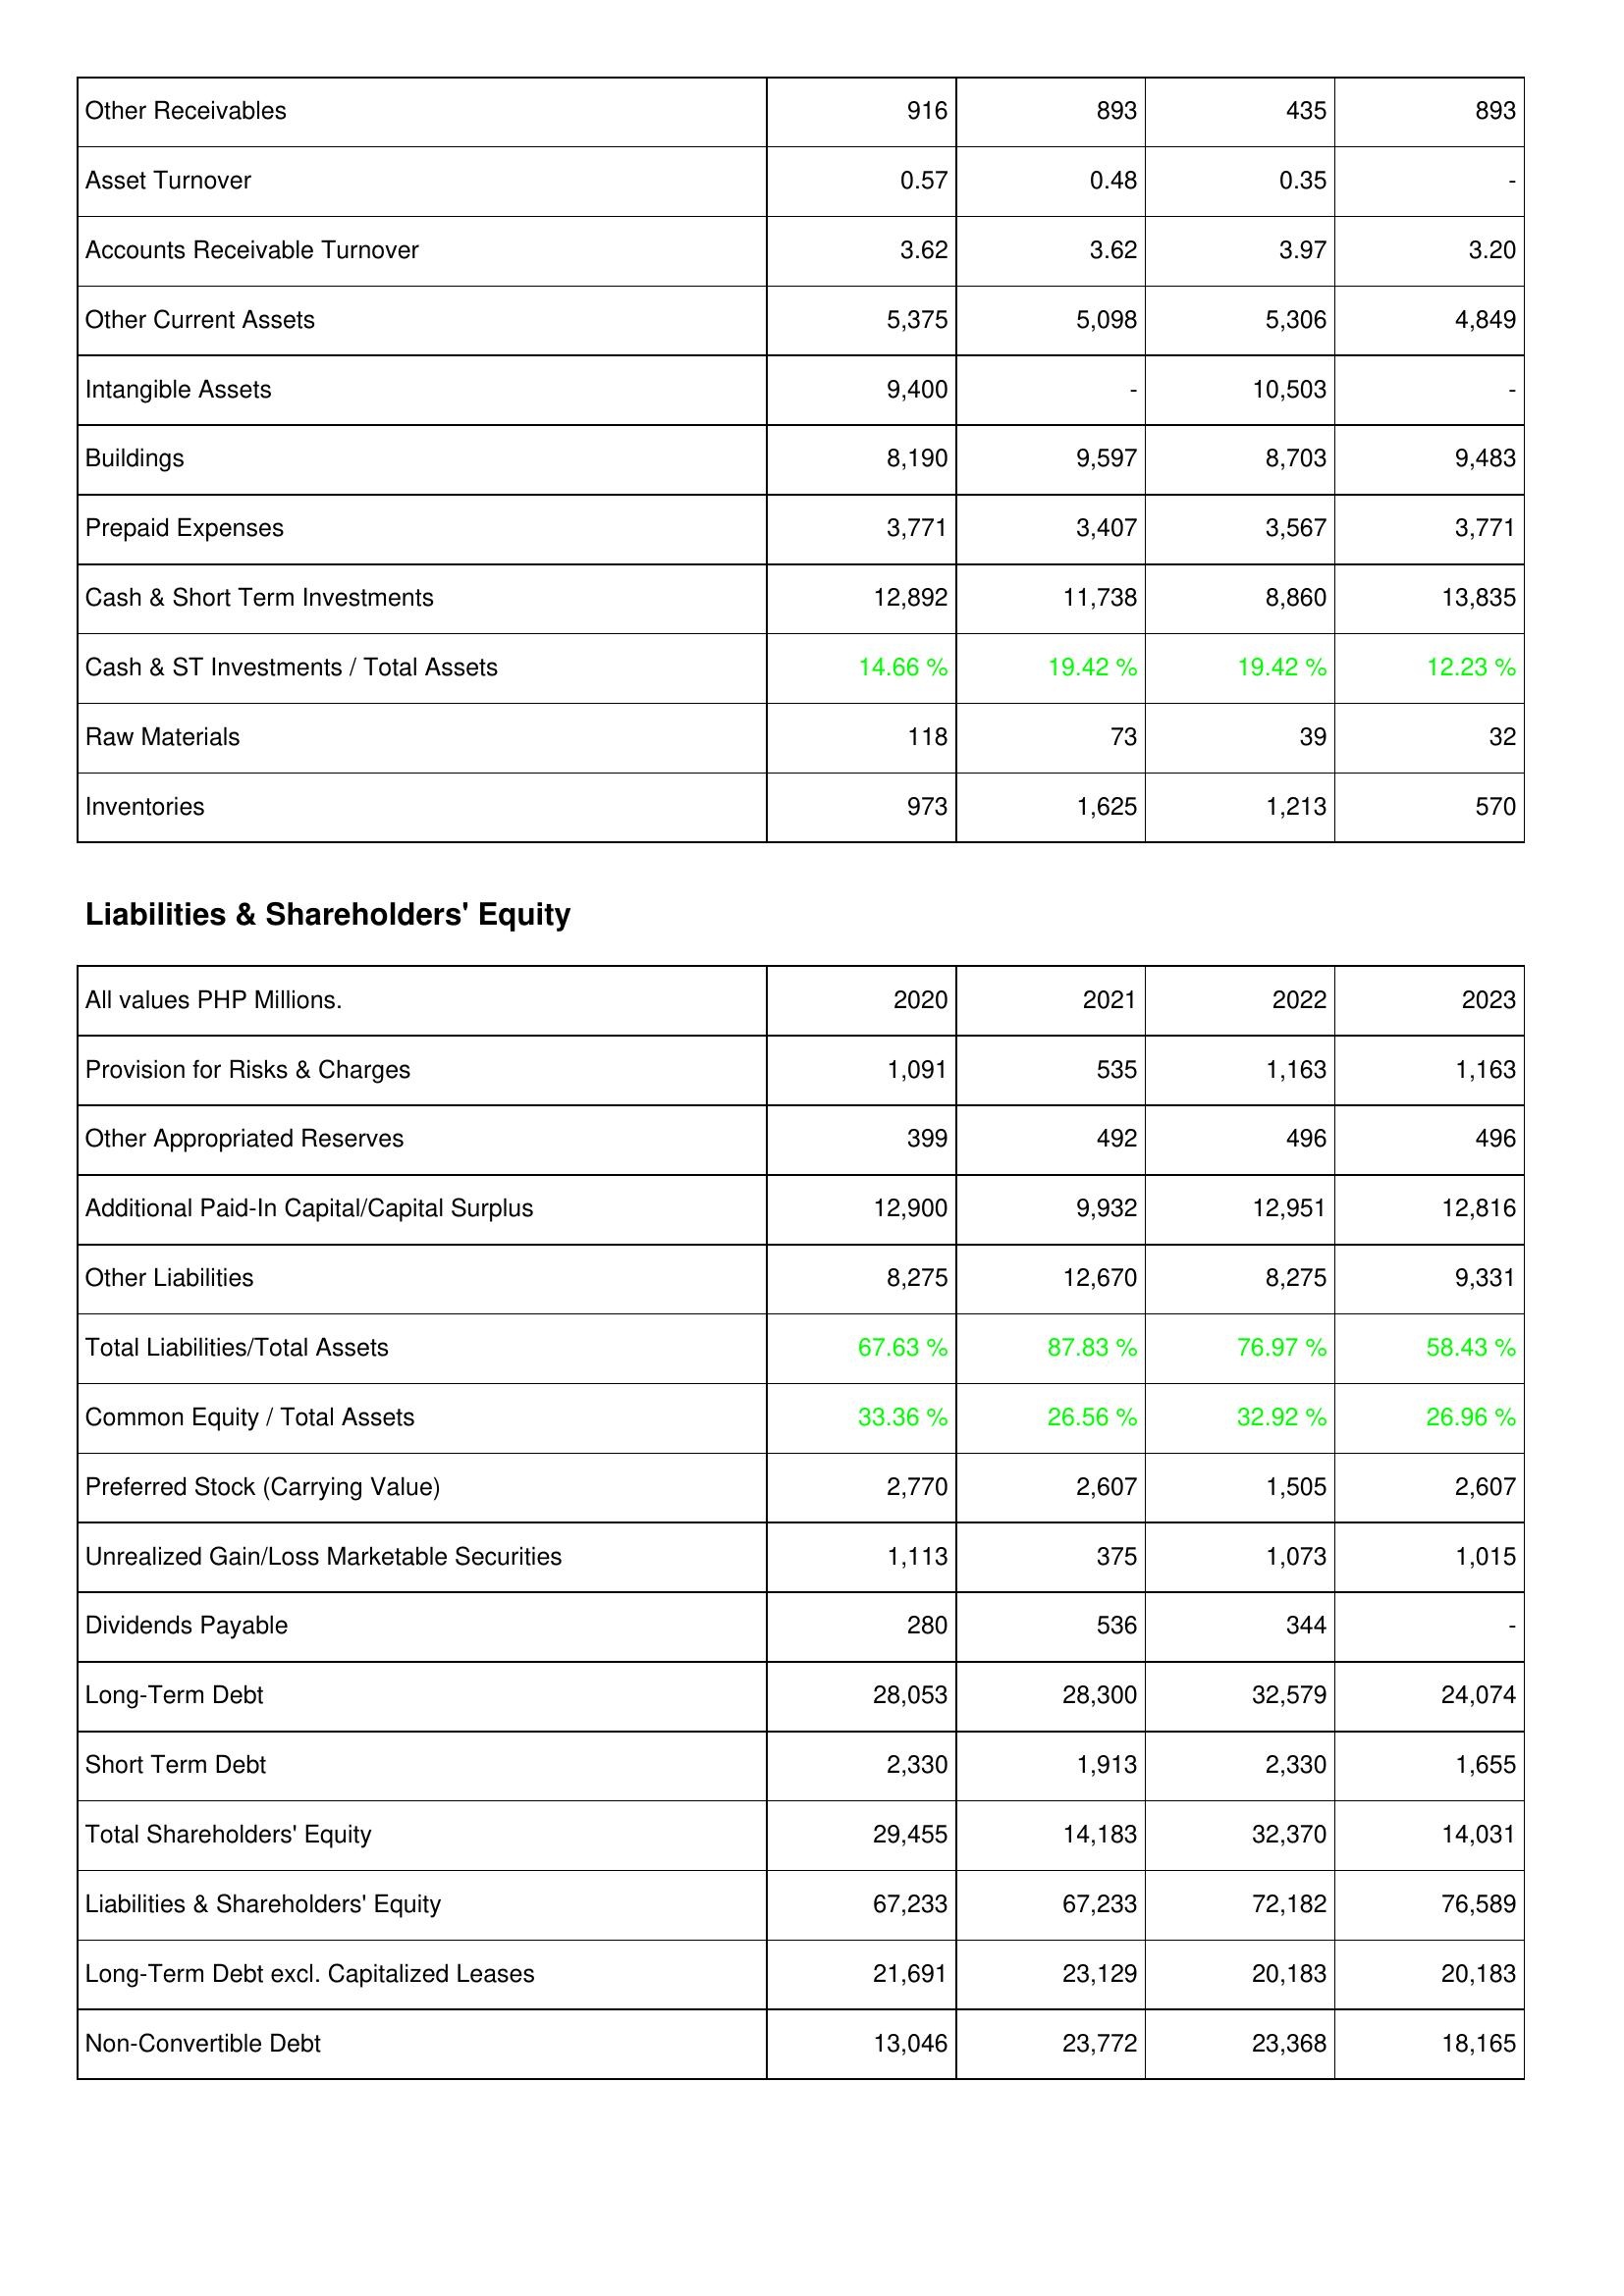
2020: Assets: Other Receivables: 916
Asset Turnover: 0.57
Accounts Receivable Turnover: 3.62
Other Current Assets: 5,375
Intangible Assets: 9,400
Buildings: 8,190
Prepaid Expenses: 3,771
Cash & Short Term Investments: 12,892
Cash & ST Investments / Total Assets: 14.66 %
Raw Materials: 118
Inventories: 973
Liabilities & Shareholders' Equity: Provision for Risks & Charges: 1,091
Other Appropriated Reserves: 399
Additional Paid-In Capital/Capital Surplus: 12,900
Other Liabilities: 8,275
Total Liabilities/Total Assets: 67.63 %
Common Equity / Total Assets: 33.36 %
Preferred Stock (Carrying Value): 2,770
Unrealized Gain/Loss Marketable Securities: 1,113
Dividends Payable: 280
Long-Term Debt: 28,053
Short Term Debt: 2,330
Total Shareholders' Equity: 29,455
Liabilities & Shareholders' Equity: 67,233
Long-Term Debt excl. Capitalized Leases: 21,691
Non-Convertible Debt: 13,046
2021: Assets: Other Receivables: 893
Asset Turnover: 0.48
Accounts Receivable Turnover: 3.62
Other Current Assets: 5,098
Intangible Assets: -
Buildings: 9,597
Prepaid Expenses: 3,407
Cash & Short Term Investments: 11,738
Cash & ST Investments / Total Assets: 19.42 %
Raw Materials: 73
Inventories: 1,625
Liabilities & Shareholders' Equity: Provision for Risks & Charges: 535
Other Appropriated Reserves: 492
Additional Paid-In Capital/Capital Surplus: 9,932
Other Liabilities: 12,670
Total Liabilities/Total Assets: 87.83 %
Common Equity / Total Assets: 26.56 %
Preferred Stock (Carrying Value): 2,607
Unrealized Gain/Loss Marketable Securities: 375
Dividends Payable: 536
Long-Term Debt: 28,300
Short Term Debt: 1,913
Total Shareholders' Equity: 14,183
Liabilities & Shareholders' Equity: 67,233
Long-Term Debt excl. Capitalized Leases: 23,129
Non-Convertible Debt: 23,772
2022: Assets: Other Receivables: 435
Asset Turnover: 0.35
Accounts Receivable Turnover: 3.97
Other Current Assets: 5,306
Intangible Assets: 10,503
Buildings: 8,703
Prepaid Expenses: 3,567
Cash & Short Term Investments: 8,860
Cash & ST Investments / Total Assets: 19.42 %
Raw Materials: 39
Inventories: 1,213
Liabilities & Shareholders' Equity: Provision for Risks & Charges: 1,163
Other Appropriated Reserves: 496
Additional Paid-In Capital/Capital Surplus: 12,951
Other Liabilities: 8,275
Total Liabilities/Total Assets: 76.97 %
Common Equity / Total Assets: 32.92 %
Preferred Stock (Carrying Value): 1,505
Unrealized Gain/Loss Marketable Securities: 1,073
Dividends Payable: 344
Long-Term Debt: 32,579
Short Term Debt: 2,330
Total Shareholders' Equity: 32,370
Liabilities & Shareholders' Equity: 72,182
Long-Term Debt excl. Capitalized Leases: 20,183
Non-Convertible Debt: 23,368
2023: Assets: Other Receivables: 893
Asset Turnover: -
Accounts Receivable Turnover: 3.20
Other Current Assets: 4,849
Intangible Assets: -
Buildings: 9,483
Prepaid Expenses: 3,771
Cash & Short Term Investments: 13,835
Cash & ST Investments / Total Assets: 12.23 %
Raw Materials: 32
Inventories: 570
Liabilities & Shareholders' Equity: Provision for Risks & Charges: 1,163
Other Appropriated Reserves: 496
Additional Paid-In Capital/Capital Surplus: 12,816
Other Liabilities: 9,331
Total Liabilities/Total Assets: 58.43 %
Common Equity / Total Assets: 26.96 %
Preferred Stock (Carrying Value): 2,607
Unrealized Gain/Loss Marketable Securities: 1,015
Dividends Payable: -
Long-Term Debt: 24,074
Short Term Debt: 1,655
Total Shareholders' Equity: 14,031
Liabilities & Shareholders' Equity: 76,589
Long-Term Debt excl. Capitalized Leases: 20,183
Non-Convertible Debt: 18,165